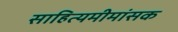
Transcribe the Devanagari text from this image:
साहित्यमीमांसक